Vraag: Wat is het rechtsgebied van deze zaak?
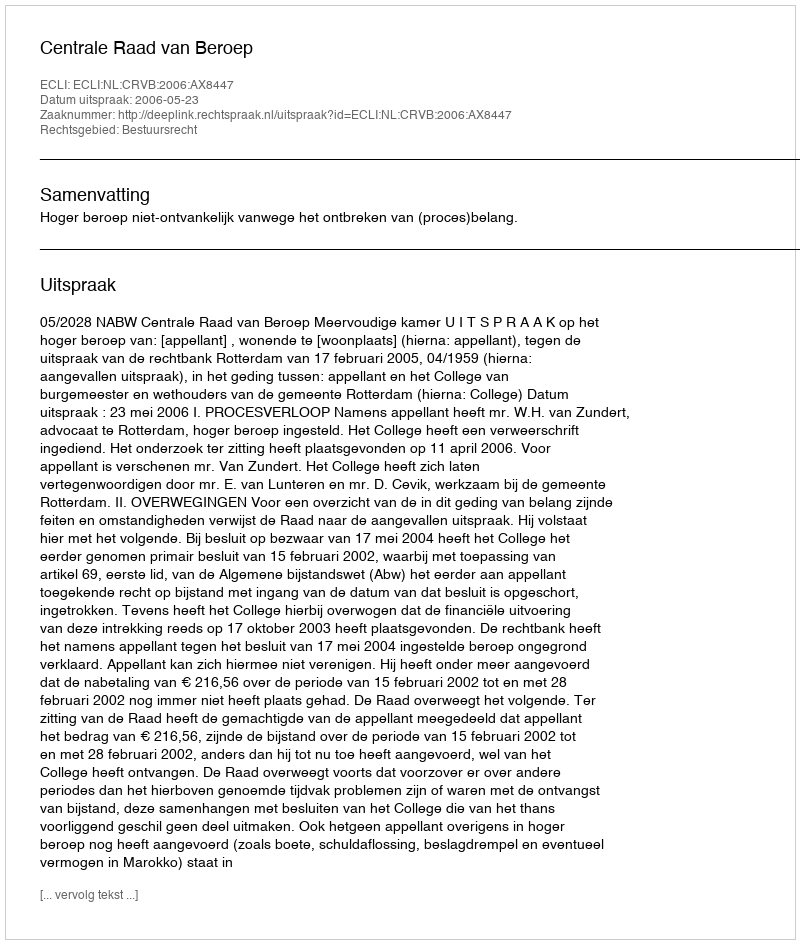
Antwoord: Bestuursrecht